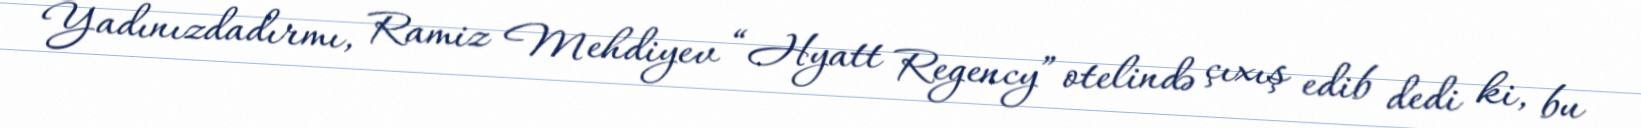
Yadınızdadırmı, Ramiz Mehdiyev “Hyatt Regency” otelində çıxış edib dedi ki, bu